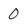
Character: 0